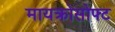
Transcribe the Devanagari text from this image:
मायक्रोसोफ्ट